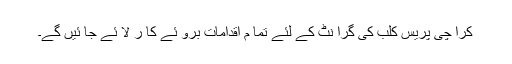
کرا چی پریس کلب کی گرا نٹ کے لئے تما م اقدامات برو ئے کا ر لا ئے جا ئیں گے۔